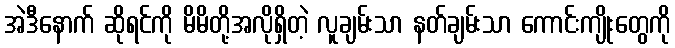
အဲဒီနောက် ဆိုရင်ကို မိမိတို့အလိုရှိတဲ့ လူချမ်းသာ နတ်ချမ်းသာ ကောင်းကျိုးတွေကို